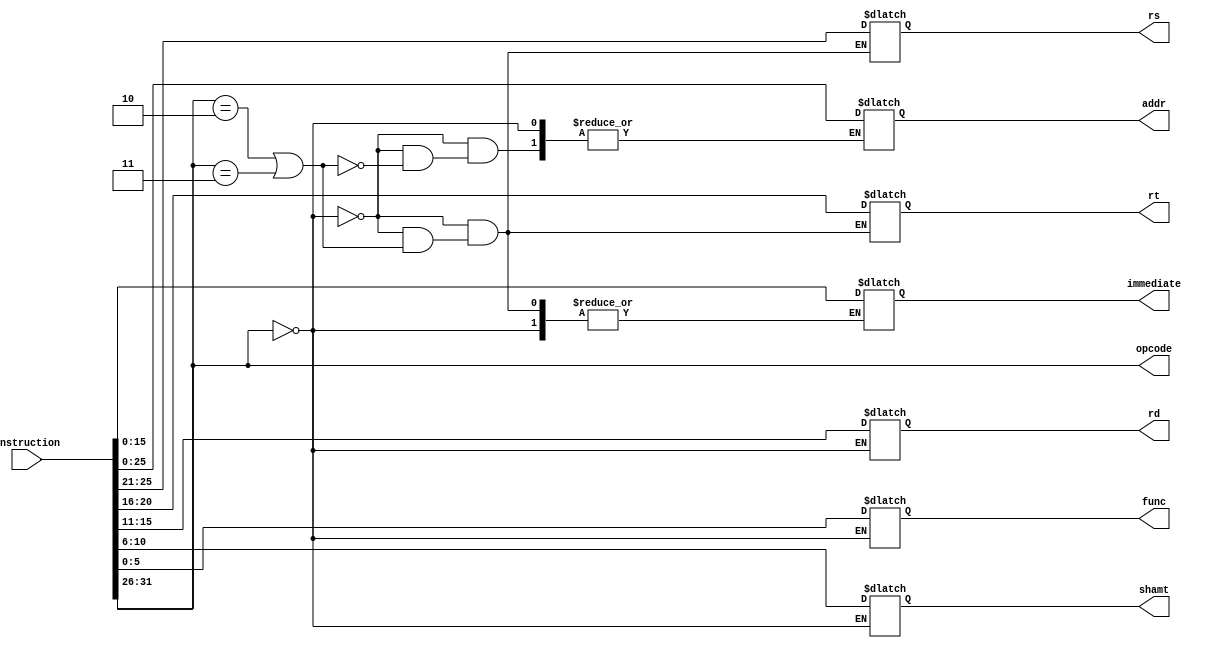
`timescale 1ns / 1ps
//////////////////////////////////////////////////////////////////////////////////
// Company: 
// Engineer: 
// 
// Design Name: 
// Module Name: inst_parser
// Project Name: 
// Target Devices: 
// Tool Versions: 
// Description: 
// 
// Dependencies: 
// 
// Revision:
// Revision 0.01 - File Created
// Additional Comments:
// 
//////////////////////////////////////////////////////////////////////////////////

// https://inst.eecs.berkeley.edu/~cs61c/resources/MIPS_help.html

// Type	    31:26	25:21	20:16	15:11	10:06	05:00
// R-Type	opcode	$rs		$rt		$rd		shamt	funct   REGISTER TYPE(arithmetic, jump and system call instruction)   OPCODE(0)
// I-Type	opcode	$rs		$rt		imm            			IMMEDIATE TYPE												  OPCODE(>3)
// J-Type	opcode	address									JUMP TYPE                                                     OPCODE(2,3)

module inst_parser(
    output [5:0] opcode,
    output reg [4:0] rs,rt,rd,shamt,
    output reg [5:0] func,
    output reg [15:0] immediate,
    output reg [25:0] addr,
    input [31:0] instruction
    );
    
    assign opcode = instruction[31:26];
    
    always @(instruction)
        begin
            // R-type
            if(opcode == 6'h0)
                begin
                    shamt = instruction[10:6];
                    rd = instruction[15:11];
                    rt = instruction[20:16];
                    rs = instruction[25:21];
                    func = instruction[5:0];
                end
            
            // J type
            else if(opcode == 6'h2 | opcode == 6'h3)
                begin
                    addr = instruction[26:0];
                end
            
            // I type
            else
                begin
                    rt = instruction[20:16];
                    rs = instruction[25:21];
                    immediate = instruction[15:0];
                end
        end
    
endmodule